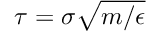
\tau = \sigma \sqrt { m / \epsilon }